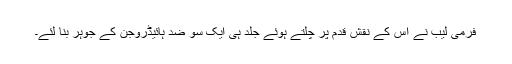
فرمی لیب نے اس کے نقش قدم پر چلتے ہوئے جلد ہی ایک سو ضد ہائیڈروجن کے جوہر بنا لئے۔